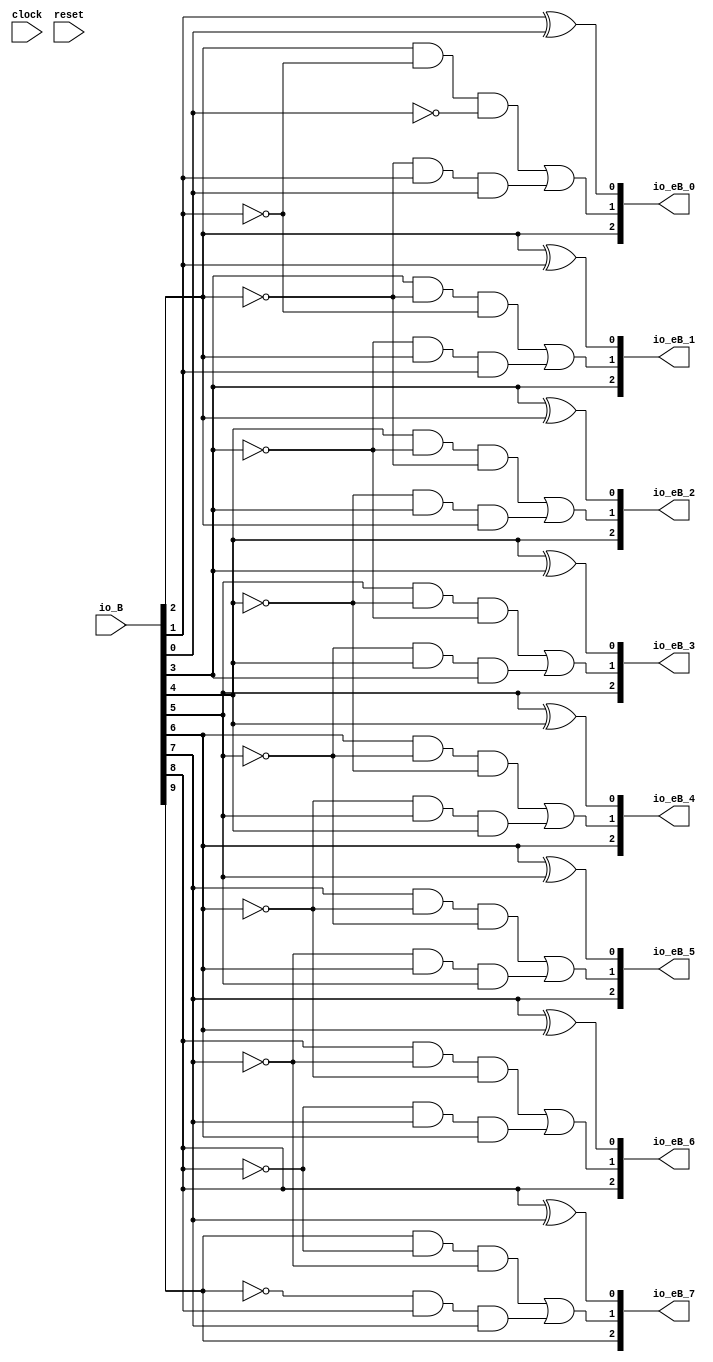
module BoothEncoder_radix4( // @[:@3.2]
  input         clock, // @[:@4.4]
  input         reset, // @[:@5.4]
  output [2:0]  io_eB_0, // @[:@6.4]
  output [2:0]  io_eB_1, // @[:@6.4]
  output [2:0]  io_eB_2, // @[:@6.4]
  output [2:0]  io_eB_3, // @[:@6.4]
  output [2:0]  io_eB_4, // @[:@6.4]
  output [2:0]  io_eB_5, // @[:@6.4]
  output [2:0]  io_eB_6, // @[:@6.4]
  output [2:0]  io_eB_7, // @[:@6.4]
  input  [15:0] io_B // @[:@6.4]
);
  wire  _T_33; // @[RA_Mul.scala 36:28:@8.4]
  wire  _T_34; // @[RA_Mul.scala 36:28:@9.4]
  wire  _T_35; // @[RA_Mul.scala 36:28:@10.4]
  wire  _T_36; // @[RA_Mul.scala 36:28:@11.4]
  wire  _T_37; // @[RA_Mul.scala 36:28:@12.4]
  wire  _T_38; // @[RA_Mul.scala 36:28:@13.4]
  wire  _T_39; // @[RA_Mul.scala 36:28:@14.4]
  wire  _T_40; // @[RA_Mul.scala 36:28:@15.4]
  wire  _T_41; // @[RA_Mul.scala 36:28:@16.4]
  wire  _T_42; // @[RA_Mul.scala 36:28:@17.4]
  wire  _T_43; // @[RA_Mul.scala 36:28:@18.4]
  wire  _T_44; // @[RA_Mul.scala 36:28:@19.4]
  wire  _T_45; // @[RA_Mul.scala 36:28:@20.4]
  wire  _T_46; // @[RA_Mul.scala 36:28:@21.4]
  wire  _T_47; // @[RA_Mul.scala 36:28:@22.4]
  wire  _T_48; // @[RA_Mul.scala 36:28:@23.4]
  wire [1:0] _T_74; // @[RA_Mul.scala 36:51:@42.4]
  wire [1:0] _T_75; // @[RA_Mul.scala 36:51:@43.4]
  wire [3:0] _T_76; // @[RA_Mul.scala 36:51:@44.4]
  wire [1:0] _T_77; // @[RA_Mul.scala 36:51:@45.4]
  wire [1:0] _T_78; // @[RA_Mul.scala 36:51:@46.4]
  wire [3:0] _T_79; // @[RA_Mul.scala 36:51:@47.4]
  wire [7:0] _T_80; // @[RA_Mul.scala 36:51:@48.4]
  wire [1:0] _T_81; // @[RA_Mul.scala 36:51:@49.4]
  wire [1:0] _T_82; // @[RA_Mul.scala 36:51:@50.4]
  wire [3:0] _T_83; // @[RA_Mul.scala 36:51:@51.4]
  wire [1:0] _T_84; // @[RA_Mul.scala 36:51:@52.4]
  wire [1:0] _T_85; // @[RA_Mul.scala 36:51:@53.4]
  wire [2:0] _T_86; // @[RA_Mul.scala 36:51:@54.4]
  wire [4:0] _T_87; // @[RA_Mul.scala 36:51:@55.4]
  wire [8:0] _T_88; // @[RA_Mul.scala 36:51:@56.4]
  wire [16:0] B_ext; // @[RA_Mul.scala 36:51:@57.4]
  wire  _T_98; // @[RA_Mul.scala 41:24:@59.4]
  wire  _T_99; // @[RA_Mul.scala 41:37:@60.4]
  wire  _T_100; // @[RA_Mul.scala 41:30:@61.4]
  wire  _T_101; // @[RA_Mul.scala 42:25:@63.4]
  wire  _T_103; // @[RA_Mul.scala 42:36:@65.4]
  wire  _T_104; // @[RA_Mul.scala 42:33:@66.4]
  wire  _T_106; // @[RA_Mul.scala 42:54:@68.4]
  wire  _T_107; // @[RA_Mul.scala 42:51:@69.4]
  wire  _T_109; // @[RA_Mul.scala 42:70:@71.4]
  wire  _T_111; // @[RA_Mul.scala 42:85:@73.4]
  wire  _T_113; // @[RA_Mul.scala 42:100:@75.4]
  wire  _T_114; // @[RA_Mul.scala 42:66:@76.4]
  wire [1:0] _T_116; // @[RA_Mul.scala 44:25:@80.4]
  wire  _T_129; // @[RA_Mul.scala 41:30:@86.4]
  wire  _T_130; // @[RA_Mul.scala 42:25:@88.4]
  wire  _T_133; // @[RA_Mul.scala 42:33:@91.4]
  wire  _T_136; // @[RA_Mul.scala 42:51:@94.4]
  wire  _T_138; // @[RA_Mul.scala 42:70:@96.4]
  wire  _T_140; // @[RA_Mul.scala 42:85:@98.4]
  wire  _T_142; // @[RA_Mul.scala 42:100:@100.4]
  wire  _T_143; // @[RA_Mul.scala 42:66:@101.4]
  wire [1:0] _T_145; // @[RA_Mul.scala 44:25:@105.4]
  wire  _T_158; // @[RA_Mul.scala 41:30:@111.4]
  wire  _T_159; // @[RA_Mul.scala 42:25:@113.4]
  wire  _T_162; // @[RA_Mul.scala 42:33:@116.4]
  wire  _T_165; // @[RA_Mul.scala 42:51:@119.4]
  wire  _T_167; // @[RA_Mul.scala 42:70:@121.4]
  wire  _T_169; // @[RA_Mul.scala 42:85:@123.4]
  wire  _T_171; // @[RA_Mul.scala 42:100:@125.4]
  wire  _T_172; // @[RA_Mul.scala 42:66:@126.4]
  wire [1:0] _T_174; // @[RA_Mul.scala 44:25:@130.4]
  wire  _T_187; // @[RA_Mul.scala 41:30:@136.4]
  wire  _T_188; // @[RA_Mul.scala 42:25:@138.4]
  wire  _T_191; // @[RA_Mul.scala 42:33:@141.4]
  wire  _T_194; // @[RA_Mul.scala 42:51:@144.4]
  wire  _T_196; // @[RA_Mul.scala 42:70:@146.4]
  wire  _T_198; // @[RA_Mul.scala 42:85:@148.4]
  wire  _T_200; // @[RA_Mul.scala 42:100:@150.4]
  wire  _T_201; // @[RA_Mul.scala 42:66:@151.4]
  wire [1:0] _T_203; // @[RA_Mul.scala 44:25:@155.4]
  wire  _T_216; // @[RA_Mul.scala 41:30:@161.4]
  wire  _T_217; // @[RA_Mul.scala 42:25:@163.4]
  wire  _T_220; // @[RA_Mul.scala 42:33:@166.4]
  wire  _T_223; // @[RA_Mul.scala 42:51:@169.4]
  wire  _T_225; // @[RA_Mul.scala 42:70:@171.4]
  wire  _T_227; // @[RA_Mul.scala 42:85:@173.4]
  wire  _T_229; // @[RA_Mul.scala 42:100:@175.4]
  wire  _T_230; // @[RA_Mul.scala 42:66:@176.4]
  wire [1:0] _T_232; // @[RA_Mul.scala 44:25:@180.4]
  wire  _T_245; // @[RA_Mul.scala 41:30:@186.4]
  wire  _T_246; // @[RA_Mul.scala 42:25:@188.4]
  wire  _T_249; // @[RA_Mul.scala 42:33:@191.4]
  wire  _T_252; // @[RA_Mul.scala 42:51:@194.4]
  wire  _T_254; // @[RA_Mul.scala 42:70:@196.4]
  wire  _T_256; // @[RA_Mul.scala 42:85:@198.4]
  wire  _T_258; // @[RA_Mul.scala 42:100:@200.4]
  wire  _T_259; // @[RA_Mul.scala 42:66:@201.4]
  wire [1:0] _T_261; // @[RA_Mul.scala 44:25:@205.4]
  wire  _T_274; // @[RA_Mul.scala 41:30:@211.4]
  wire  _T_275; // @[RA_Mul.scala 42:25:@213.4]
  wire  _T_278; // @[RA_Mul.scala 42:33:@216.4]
  wire  _T_281; // @[RA_Mul.scala 42:51:@219.4]
  wire  _T_283; // @[RA_Mul.scala 42:70:@221.4]
  wire  _T_285; // @[RA_Mul.scala 42:85:@223.4]
  wire  _T_287; // @[RA_Mul.scala 42:100:@225.4]
  wire  _T_288; // @[RA_Mul.scala 42:66:@226.4]
  wire [1:0] _T_290; // @[RA_Mul.scala 44:25:@230.4]
  wire  _T_303; // @[RA_Mul.scala 41:30:@236.4]
  wire  _T_304; // @[RA_Mul.scala 42:25:@238.4]
  wire  _T_307; // @[RA_Mul.scala 42:33:@241.4]
  wire  _T_310; // @[RA_Mul.scala 42:51:@244.4]
  wire  _T_312; // @[RA_Mul.scala 42:70:@246.4]
  wire  _T_314; // @[RA_Mul.scala 42:85:@248.4]
  wire  _T_316; // @[RA_Mul.scala 42:100:@250.4]
  wire  _T_317; // @[RA_Mul.scala 42:66:@251.4]
  wire [1:0] _T_319; // @[RA_Mul.scala 44:25:@255.4]
  assign _T_33 = io_B[0]; // @[RA_Mul.scala 36:28:@8.4]
  assign _T_34 = io_B[1]; // @[RA_Mul.scala 36:28:@9.4]
  assign _T_35 = io_B[2]; // @[RA_Mul.scala 36:28:@10.4]
  assign _T_36 = io_B[3]; // @[RA_Mul.scala 36:28:@11.4]
  assign _T_37 = io_B[4]; // @[RA_Mul.scala 36:28:@12.4]
  assign _T_38 = io_B[5]; // @[RA_Mul.scala 36:28:@13.4]
  assign _T_39 = io_B[6]; // @[RA_Mul.scala 36:28:@14.4]
  assign _T_40 = io_B[7]; // @[RA_Mul.scala 36:28:@15.4]
  assign _T_41 = io_B[8]; // @[RA_Mul.scala 36:28:@16.4]
  assign _T_42 = io_B[9]; // @[RA_Mul.scala 36:28:@17.4]
  assign _T_43 = io_B[10]; // @[RA_Mul.scala 36:28:@18.4]
  assign _T_44 = io_B[11]; // @[RA_Mul.scala 36:28:@19.4]
  assign _T_45 = io_B[12]; // @[RA_Mul.scala 36:28:@20.4]
  assign _T_46 = io_B[13]; // @[RA_Mul.scala 36:28:@21.4]
  assign _T_47 = io_B[14]; // @[RA_Mul.scala 36:28:@22.4]
  assign _T_48 = io_B[15]; // @[RA_Mul.scala 36:28:@23.4]
  assign _T_74 = {_T_34,_T_33}; // @[RA_Mul.scala 36:51:@42.4]
  assign _T_75 = {_T_36,_T_35}; // @[RA_Mul.scala 36:51:@43.4]
  assign _T_76 = {_T_75,_T_74}; // @[RA_Mul.scala 36:51:@44.4]
  assign _T_77 = {_T_38,_T_37}; // @[RA_Mul.scala 36:51:@45.4]
  assign _T_78 = {_T_40,_T_39}; // @[RA_Mul.scala 36:51:@46.4]
  assign _T_79 = {_T_78,_T_77}; // @[RA_Mul.scala 36:51:@47.4]
  assign _T_80 = {_T_79,_T_76}; // @[RA_Mul.scala 36:51:@48.4]
  assign _T_81 = {_T_42,_T_41}; // @[RA_Mul.scala 36:51:@49.4]
  assign _T_82 = {_T_44,_T_43}; // @[RA_Mul.scala 36:51:@50.4]
  assign _T_83 = {_T_82,_T_81}; // @[RA_Mul.scala 36:51:@51.4]
  assign _T_84 = {_T_46,_T_45}; // @[RA_Mul.scala 36:51:@52.4]
  assign _T_85 = {1'h0,_T_48}; // @[RA_Mul.scala 36:51:@53.4]
  assign _T_86 = {_T_85,_T_47}; // @[RA_Mul.scala 36:51:@54.4]
  assign _T_87 = {_T_86,_T_84}; // @[RA_Mul.scala 36:51:@55.4]
  assign _T_88 = {_T_87,_T_83}; // @[RA_Mul.scala 36:51:@56.4]
  assign B_ext = {_T_88,_T_80}; // @[RA_Mul.scala 36:51:@57.4]
  assign _T_98 = B_ext[1]; // @[RA_Mul.scala 41:24:@59.4]
  assign _T_99 = B_ext[0]; // @[RA_Mul.scala 41:37:@60.4]
  assign _T_100 = _T_98 ^ _T_99; // @[RA_Mul.scala 41:30:@61.4]
  assign _T_101 = B_ext[2]; // @[RA_Mul.scala 42:25:@63.4]
  assign _T_103 = ~ _T_98; // @[RA_Mul.scala 42:36:@65.4]
  assign _T_104 = _T_101 & _T_103; // @[RA_Mul.scala 42:33:@66.4]
  assign _T_106 = ~ _T_99; // @[RA_Mul.scala 42:54:@68.4]
  assign _T_107 = _T_104 & _T_106; // @[RA_Mul.scala 42:51:@69.4]
  assign _T_109 = ~ _T_101; // @[RA_Mul.scala 42:70:@71.4]
  assign _T_111 = _T_109 & _T_98; // @[RA_Mul.scala 42:85:@73.4]
  assign _T_113 = _T_111 & _T_99; // @[RA_Mul.scala 42:100:@75.4]
  assign _T_114 = _T_107 | _T_113; // @[RA_Mul.scala 42:66:@76.4]
  assign _T_116 = {_T_101,_T_114}; // @[RA_Mul.scala 44:25:@80.4]
  assign _T_129 = _T_101 ^ _T_98; // @[RA_Mul.scala 41:30:@86.4]
  assign _T_130 = B_ext[3]; // @[RA_Mul.scala 42:25:@88.4]
  assign _T_133 = _T_130 & _T_109; // @[RA_Mul.scala 42:33:@91.4]
  assign _T_136 = _T_133 & _T_103; // @[RA_Mul.scala 42:51:@94.4]
  assign _T_138 = ~ _T_130; // @[RA_Mul.scala 42:70:@96.4]
  assign _T_140 = _T_138 & _T_101; // @[RA_Mul.scala 42:85:@98.4]
  assign _T_142 = _T_140 & _T_98; // @[RA_Mul.scala 42:100:@100.4]
  assign _T_143 = _T_136 | _T_142; // @[RA_Mul.scala 42:66:@101.4]
  assign _T_145 = {_T_130,_T_143}; // @[RA_Mul.scala 44:25:@105.4]
  assign _T_158 = _T_130 ^ _T_101; // @[RA_Mul.scala 41:30:@111.4]
  assign _T_159 = B_ext[4]; // @[RA_Mul.scala 42:25:@113.4]
  assign _T_162 = _T_159 & _T_138; // @[RA_Mul.scala 42:33:@116.4]
  assign _T_165 = _T_162 & _T_109; // @[RA_Mul.scala 42:51:@119.4]
  assign _T_167 = ~ _T_159; // @[RA_Mul.scala 42:70:@121.4]
  assign _T_169 = _T_167 & _T_130; // @[RA_Mul.scala 42:85:@123.4]
  assign _T_171 = _T_169 & _T_101; // @[RA_Mul.scala 42:100:@125.4]
  assign _T_172 = _T_165 | _T_171; // @[RA_Mul.scala 42:66:@126.4]
  assign _T_174 = {_T_159,_T_172}; // @[RA_Mul.scala 44:25:@130.4]
  assign _T_187 = _T_159 ^ _T_130; // @[RA_Mul.scala 41:30:@136.4]
  assign _T_188 = B_ext[5]; // @[RA_Mul.scala 42:25:@138.4]
  assign _T_191 = _T_188 & _T_167; // @[RA_Mul.scala 42:33:@141.4]
  assign _T_194 = _T_191 & _T_138; // @[RA_Mul.scala 42:51:@144.4]
  assign _T_196 = ~ _T_188; // @[RA_Mul.scala 42:70:@146.4]
  assign _T_198 = _T_196 & _T_159; // @[RA_Mul.scala 42:85:@148.4]
  assign _T_200 = _T_198 & _T_130; // @[RA_Mul.scala 42:100:@150.4]
  assign _T_201 = _T_194 | _T_200; // @[RA_Mul.scala 42:66:@151.4]
  assign _T_203 = {_T_188,_T_201}; // @[RA_Mul.scala 44:25:@155.4]
  assign _T_216 = _T_188 ^ _T_159; // @[RA_Mul.scala 41:30:@161.4]
  assign _T_217 = B_ext[6]; // @[RA_Mul.scala 42:25:@163.4]
  assign _T_220 = _T_217 & _T_196; // @[RA_Mul.scala 42:33:@166.4]
  assign _T_223 = _T_220 & _T_167; // @[RA_Mul.scala 42:51:@169.4]
  assign _T_225 = ~ _T_217; // @[RA_Mul.scala 42:70:@171.4]
  assign _T_227 = _T_225 & _T_188; // @[RA_Mul.scala 42:85:@173.4]
  assign _T_229 = _T_227 & _T_159; // @[RA_Mul.scala 42:100:@175.4]
  assign _T_230 = _T_223 | _T_229; // @[RA_Mul.scala 42:66:@176.4]
  assign _T_232 = {_T_217,_T_230}; // @[RA_Mul.scala 44:25:@180.4]
  assign _T_245 = _T_217 ^ _T_188; // @[RA_Mul.scala 41:30:@186.4]
  assign _T_246 = B_ext[7]; // @[RA_Mul.scala 42:25:@188.4]
  assign _T_249 = _T_246 & _T_225; // @[RA_Mul.scala 42:33:@191.4]
  assign _T_252 = _T_249 & _T_196; // @[RA_Mul.scala 42:51:@194.4]
  assign _T_254 = ~ _T_246; // @[RA_Mul.scala 42:70:@196.4]
  assign _T_256 = _T_254 & _T_217; // @[RA_Mul.scala 42:85:@198.4]
  assign _T_258 = _T_256 & _T_188; // @[RA_Mul.scala 42:100:@200.4]
  assign _T_259 = _T_252 | _T_258; // @[RA_Mul.scala 42:66:@201.4]
  assign _T_261 = {_T_246,_T_259}; // @[RA_Mul.scala 44:25:@205.4]
  assign _T_274 = _T_246 ^ _T_217; // @[RA_Mul.scala 41:30:@211.4]
  assign _T_275 = B_ext[8]; // @[RA_Mul.scala 42:25:@213.4]
  assign _T_278 = _T_275 & _T_254; // @[RA_Mul.scala 42:33:@216.4]
  assign _T_281 = _T_278 & _T_225; // @[RA_Mul.scala 42:51:@219.4]
  assign _T_283 = ~ _T_275; // @[RA_Mul.scala 42:70:@221.4]
  assign _T_285 = _T_283 & _T_246; // @[RA_Mul.scala 42:85:@223.4]
  assign _T_287 = _T_285 & _T_217; // @[RA_Mul.scala 42:100:@225.4]
  assign _T_288 = _T_281 | _T_287; // @[RA_Mul.scala 42:66:@226.4]
  assign _T_290 = {_T_275,_T_288}; // @[RA_Mul.scala 44:25:@230.4]
  assign _T_303 = _T_275 ^ _T_246; // @[RA_Mul.scala 41:30:@236.4]
  assign _T_304 = B_ext[9]; // @[RA_Mul.scala 42:25:@238.4]
  assign _T_307 = _T_304 & _T_283; // @[RA_Mul.scala 42:33:@241.4]
  assign _T_310 = _T_307 & _T_254; // @[RA_Mul.scala 42:51:@244.4]
  assign _T_312 = ~ _T_304; // @[RA_Mul.scala 42:70:@246.4]
  assign _T_314 = _T_312 & _T_275; // @[RA_Mul.scala 42:85:@248.4]
  assign _T_316 = _T_314 & _T_246; // @[RA_Mul.scala 42:100:@250.4]
  assign _T_317 = _T_310 | _T_316; // @[RA_Mul.scala 42:66:@251.4]
  assign _T_319 = {_T_304,_T_317}; // @[RA_Mul.scala 44:25:@255.4]
  assign io_eB_0 = {_T_116,_T_100}; // @[RA_Mul.scala 44:15:@82.4]
  assign io_eB_1 = {_T_145,_T_129}; // @[RA_Mul.scala 44:15:@107.4]
  assign io_eB_2 = {_T_174,_T_158}; // @[RA_Mul.scala 44:15:@132.4]
  assign io_eB_3 = {_T_203,_T_187}; // @[RA_Mul.scala 44:15:@157.4]
  assign io_eB_4 = {_T_232,_T_216}; // @[RA_Mul.scala 44:15:@182.4]
  assign io_eB_5 = {_T_261,_T_245}; // @[RA_Mul.scala 44:15:@207.4]
  assign io_eB_6 = {_T_290,_T_274}; // @[RA_Mul.scala 44:15:@232.4]
  assign io_eB_7 = {_T_319,_T_303}; // @[RA_Mul.scala 44:15:@257.4]
endmodule